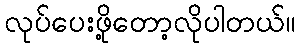
လုပ်ပေးဖို့တော့လိုပါတယ်။